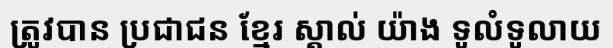
ត្រូវបាន ប្រជាជន ខ្មែរ ស្គាល់ យ៉ាង ទូលំទូលាយ